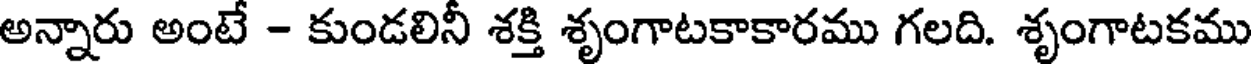
అన్నారు అంటే - కుండలినీ శక్తి శృంగాటకాకారము గలది. శృంగాటకము